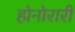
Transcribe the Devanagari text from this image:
होनोरारी